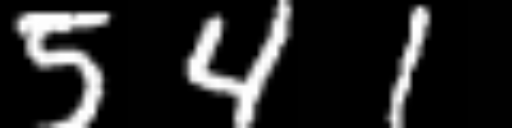
Text: 541